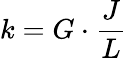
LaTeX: k=G\cdot{\frac{J}{L}}